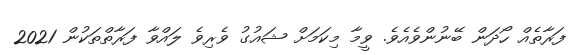
ފަރާތެއް ހޯދަން ބޭނުންވެއެވެ. ވީމާ މިކަމަށް ޝައުގު ވެރިވެ ލައްވާ ފަރާތްތަކުން 2021